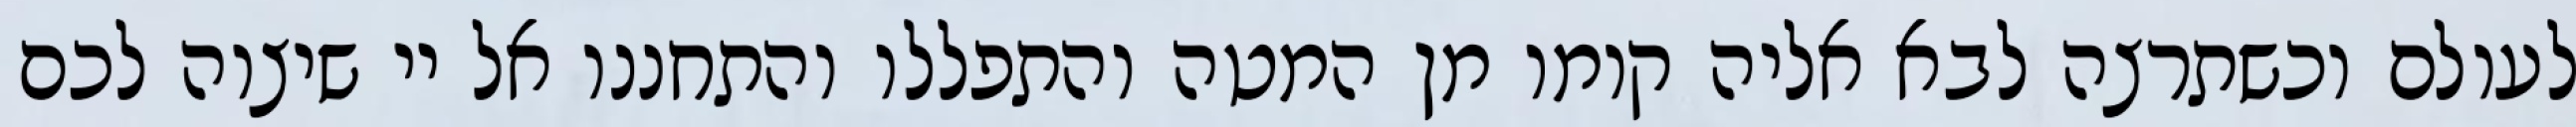
לעולם וכשתרצה לבא אליה קומו מן המטה והתפללו והתחננו אל יי שיצוה לכם